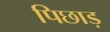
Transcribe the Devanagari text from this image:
पिछाड़